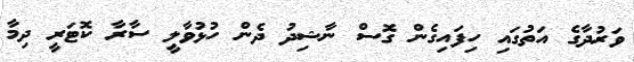
ވަރުދާގެ އަތުގައި ހިފައިގެން ގޮސް ނާޝިދު ދެން ހުޅުވާލީ ސާރާ ކޮޓަރީ ދިމާ